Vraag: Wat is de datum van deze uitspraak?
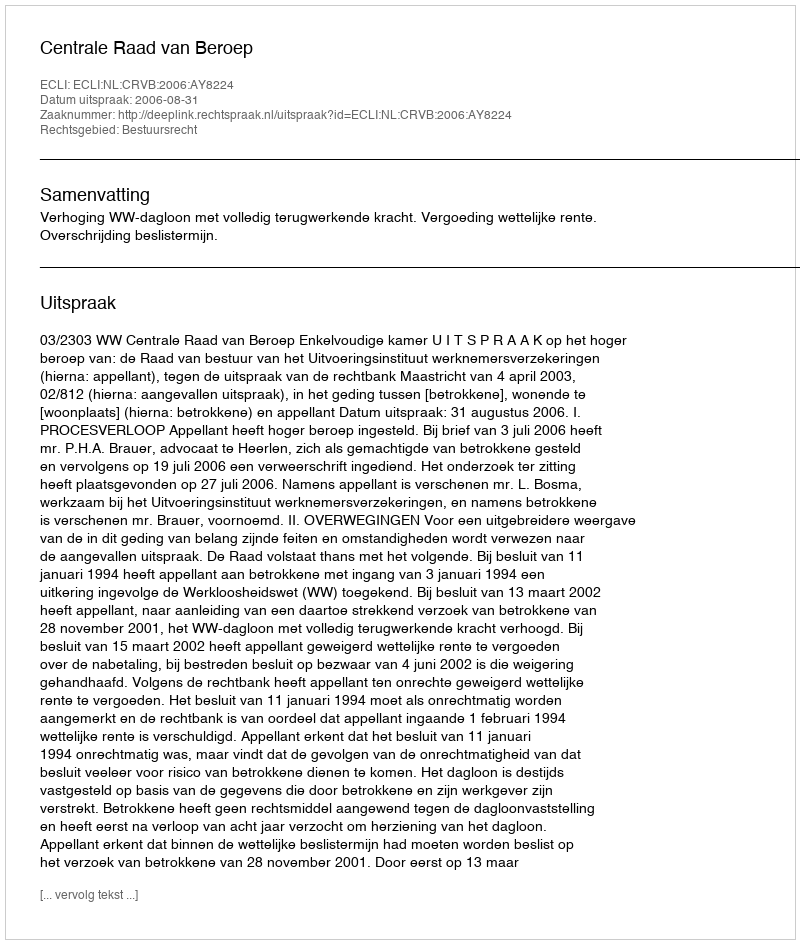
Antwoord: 2006-08-31